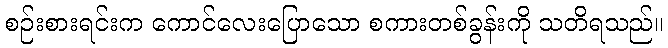
စဉ်းစားရင်းက ကောင်လေးပြောသော စကားတစ်ခွန်းကို သတိရသည်။